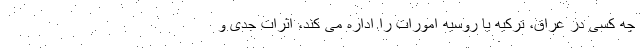
چه کسی در عراق، ترکیه یا روسیه امورات را اداره می کند، اثرات جدی و